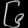
Digit: ၆